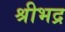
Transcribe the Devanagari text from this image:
श्रीभद्र